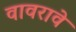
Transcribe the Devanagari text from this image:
वावरावे